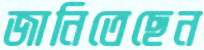
জানিতেছেন